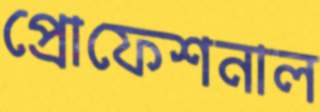
প্রোফেশনাল